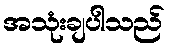
အသုံးချပါသည်